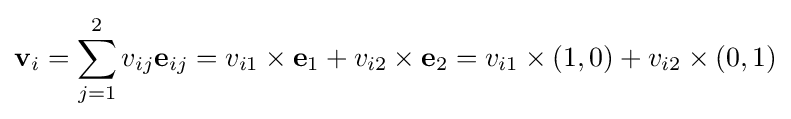
{\textbf {v}}_{i}=\sum _{j=1}^{2}v_{ij}{\textbf {e}}_{ij}=v_{i1}\times {\textbf {e}}_{1}+v_{i2}\times {\textbf {e}}_{2}=v_{i1}\times (1,0)+v_{i2}\times (0,1)